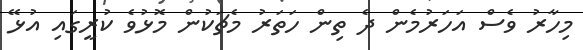
މިހާރު ވެސް އަހަރުމެން ދެ ތިން ހަތަރު މެޗަކުން މޮޅުވެ ކުރީގައި އުޅޭ